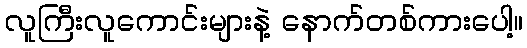
လူကြီးလူကောင်းများနဲ့ နောက်တစ်ကားပေါ့။